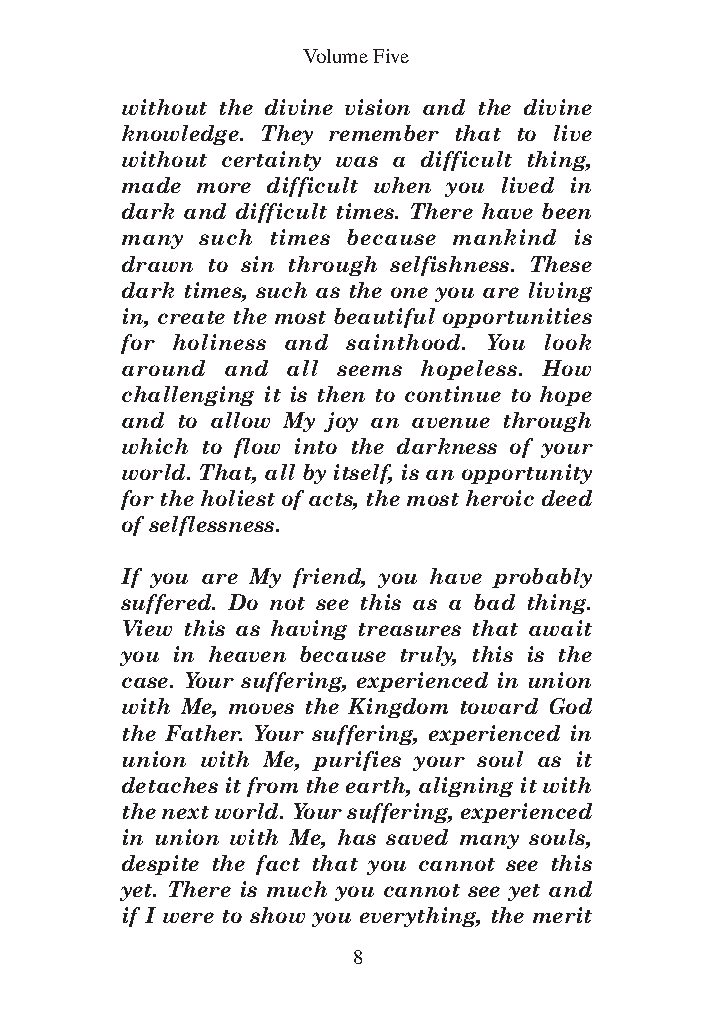
DFOT Vol 5 No App_1 12/3/13 8:54 PM Page 8
 Volume Five
 without the divine vision and the divine
 knowledge. They remember that to live
 without certainty was a difficult thing,
 made more difficult when you lived in
 dark and difficult times. There have been
 many such times because mankind is
 drawn to sin through selfishness. These
 dark times, such as the one you are living
 in, create the most beautiful opportunities
 for holiness and sainthood. You look
 around and all seems hopeless. How
 challenging it is then to continue to hope
 and to allow My joy an avenue through
 which to flow into the darkness of your
 world. That, all by itself, is an opportunity
 for the holiest of acts, the most heroic deed
 of selflessness.
 If you are My friend, you have probably
 suffered. Do not see this as a bad thing.
 View this as having treasures that await
 you in heaven because truly, this is the
 case. Your suffering, experienced in union
 with Me, moves the Kingdom toward God
 the Father. Your suffering, experienced in
 union with Me, purifies your soul as it
 detaches it from the earth, aligning it with
 the next world. Your suffering, experienced
 in union with Me, has saved many souls,
 despite the fact that you cannot see this
 yet. There is much you cannot see yet and
 if I were to show you everything, the merit
 8